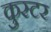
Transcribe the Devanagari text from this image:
कुस्टर